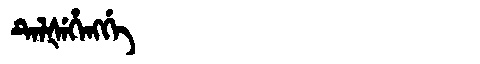
Manchu: ᡨᡝᠯᡧᡝᡥᡝᠩᡤᡝ
Romanization: TELŠEHENGGE